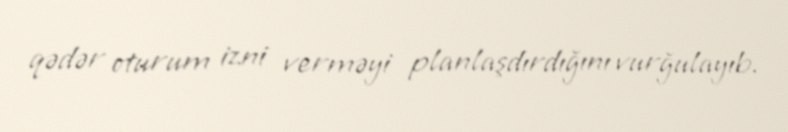
qədər oturum izni verməyi planlaşdırdığını vurğulayıb.